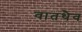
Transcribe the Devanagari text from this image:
वातथैव